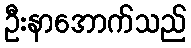
ဦးနာအောက်သည်